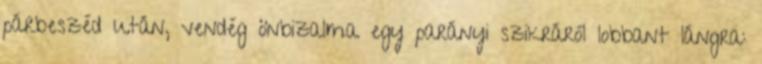
párbeszéd után, vendég önbizalma egy parányi szikráról lobbant lángra: